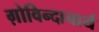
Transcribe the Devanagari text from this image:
ग़ोविन्दाचार्य